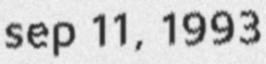
sep 11, 1993